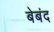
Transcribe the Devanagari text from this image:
बेबंद